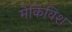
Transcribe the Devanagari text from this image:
मेकिविश